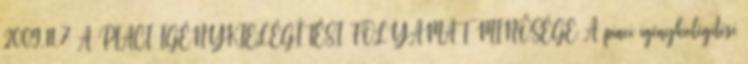
2009.11.7 A PIACI IGÉNYKIELÉGÍTÉSI FOLYAMAT MINŐSÉGE A piaci igénykielégítési